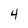
Character: 4